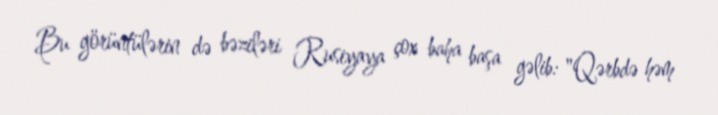
Bu görüntülərin də bəziləri Rusiyaya çox baha başa gəlib: "Qərbdə həm